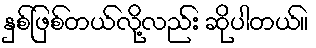
နှစ်ဖြစ်တယ်လို့လည်း ဆိုပါတယ်။